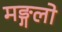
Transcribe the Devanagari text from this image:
मङ्गलो